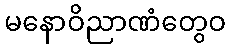
မနောဝိညာဏံတွေဝ